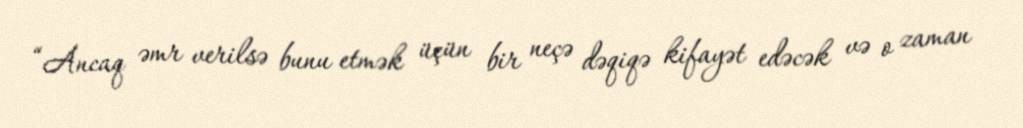
“Ancaq əmr verilsə bunu etmək üçün bir neçə dəqiqə kifayət edəcək və o zaman